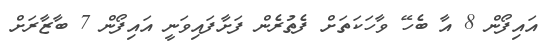
އައިފޯން 8 އާ ބެހޭ ވާހަކަތަށް ފެތުރެން ފަށާފައިވަނީ އައިފޯން 7 ބާޒާރަށް